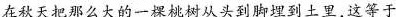
在秋天把那么大的一棵桃树从头到脚埋到土里，这等于